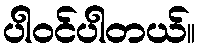
ပါဝင်ပါတယ်။